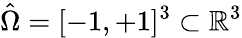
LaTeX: \hat{\Omega}=[-1,+1]^{3}\subset\mathbb{R}^{3}